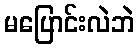
မပြောင်းလဲဘဲ